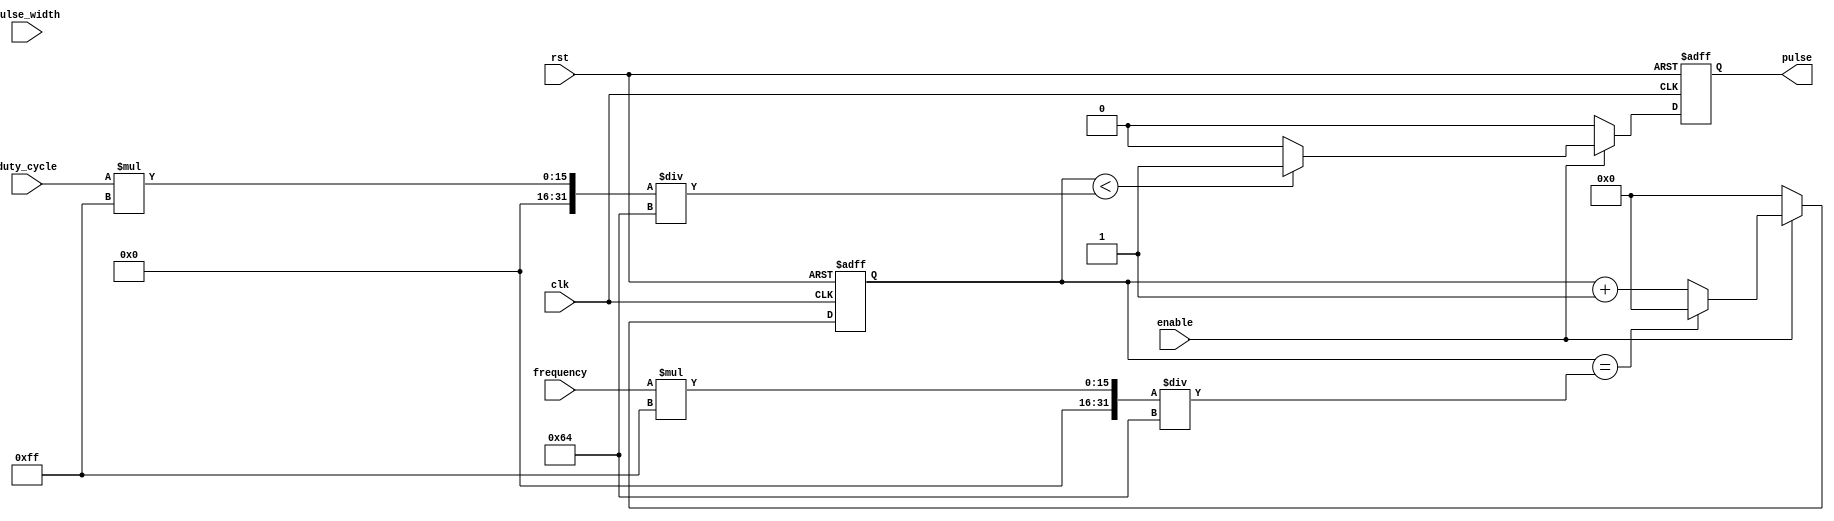
module PulseGenerator (
    input wire clk,
    input wire rst,
    input wire enable,
    input wire [7:0] pulse_width,
    input wire [7:0] frequency,
    input wire [7:0] duty_cycle,
    output reg pulse
);

reg [7:0] counter;

always @(posedge clk or posedge rst) begin
    if (rst) begin
        counter <= 8'b0;
        pulse <= 1'b0;
    end else begin
        if (enable) begin
            if (counter < pulse_width) begin
                pulse <= 1'b1;
            end else begin
                pulse <= 1'b0;
            end
            
            if (counter < (duty_cycle * 255 / 100)) begin
                pulse <= 1'b1;
            end else begin
                pulse <= 1'b0;
            end
            
            if (counter == (frequency * 255 / 100)) begin
                counter <= 8'b0;
            end else begin
                counter <= counter + 1;
            end
        end else begin
            pulse <= 1'b0;
            counter <= 8'b0;
        end
    end
end

endmodule